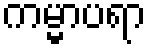
ကမ္မာပရာ